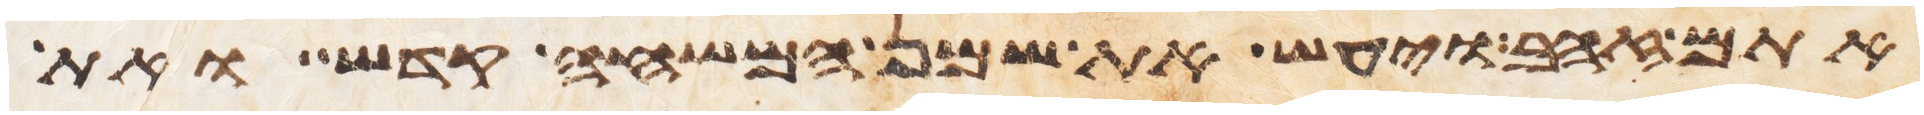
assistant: אתם זהב ויעש את שמן המשחה קדש ואת